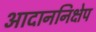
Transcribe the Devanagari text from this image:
आदाननिक्षेप